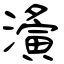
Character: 濥